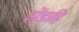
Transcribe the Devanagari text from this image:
झेंडाहि